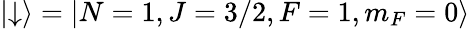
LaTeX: \left|\downarrow\right\rangle=\left|N=1,J=3/2,F=1,m_{F}=0\right\rangle